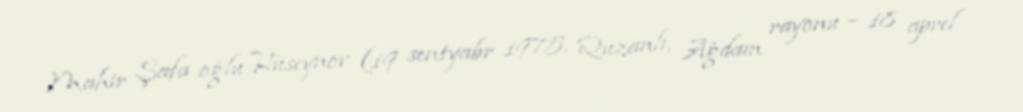
Mahir Şafa oğlu Hüseynov (19 sentyabr 1975, Quzanlı, Ağdam rayonu – 18 aprel